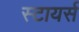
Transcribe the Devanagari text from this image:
स्टायर्स